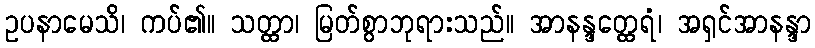
ဥပနာမေသိ၊ ကပ်၏။ သတ္ထာ၊ မြတ်စွာဘုရားသည်။ အာနန္ဒတ္ထေရံ၊ အရှင်အာနန္ဒာ